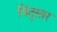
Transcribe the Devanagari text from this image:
विंदुसार